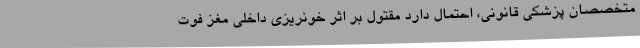
متخصصان پزشکی قانونی، احتمال دارد مقتول بر اثر خونریزی داخلی مغز فوت